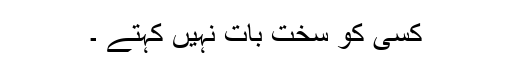
کسی کو سخت بات نہیں کہتے ۔